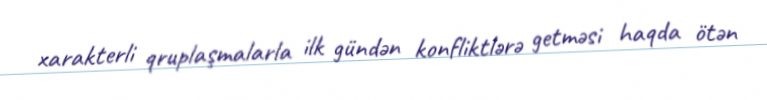
xarakterli qruplaşmalarla ilk gündən konfliktlərə getməsi haqda ötən